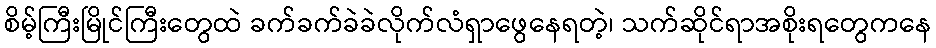
စိမ့်ကြီးမြိုင်ကြီးတွေထဲ ခက်ခက်ခဲခဲလိုက်လံရှာဖွေနေရတဲ့၊ သက်ဆိုင်ရာအစိုးရတွေကနေ